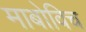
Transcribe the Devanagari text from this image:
माबोविच